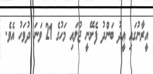
އީރާނުގައި ޢީދު ބަންދު ފެށޭނީ ޖުލައި މަހުގެ 21 ވަނަ ދުވަހު އެވެ.